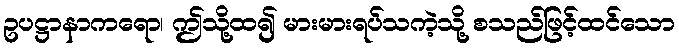
ဥပဋ္ဌာနာကရော၊ ဤသို့ထ၍ မားမားရပ်သကဲ့သို့ စသည်ဖြင့်ထင်သော